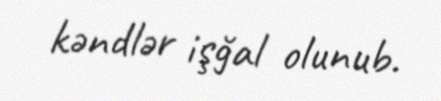
kəndlər işğal olunub.